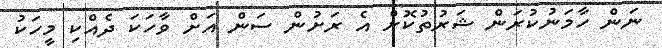
ނަން ހާމަނުކުރަން ޝަރުތުކޮށް އެ ރަށުން ސަން އަށް ވާހަކަ ދެއްކި މީހަކު